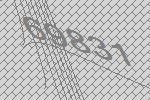
69831